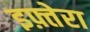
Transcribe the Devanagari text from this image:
इफ़्तेरा